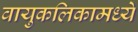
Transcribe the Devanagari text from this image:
वायुकलिकामध्ये